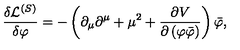
\frac { \delta \mathcal { L } ^ { \left( S \right) } } { \delta \varphi } = - \left( \partial _ { \mu } \partial ^ { \mu } + \mu ^ { 2 } + \frac { \partial V } { \partial \left( \varphi \bar { \varphi } \right) } \right) \bar { \varphi } ,